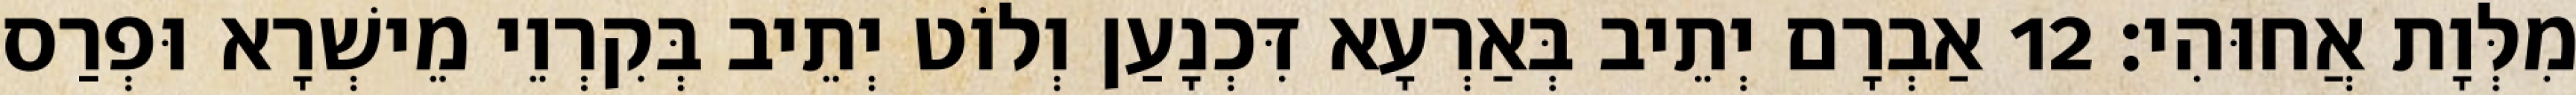
מִלְּוָת אֲחוּהִי׃ 12 אַבְרָם יְתֵיב בְּאַרְעָא דִּכְנָעַן וְלוֹט יְתֵיב בְּקִרְוֵי מֵישְׁרָא וּפְרַס